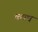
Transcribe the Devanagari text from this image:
कवध